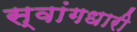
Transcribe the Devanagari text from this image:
स्वांगधारी